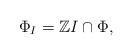
LaTeX: \begin{align*}\Phi_I = \mathbb{Z}I\cap \Phi,\end{align*}